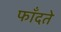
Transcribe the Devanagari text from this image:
फाँदते